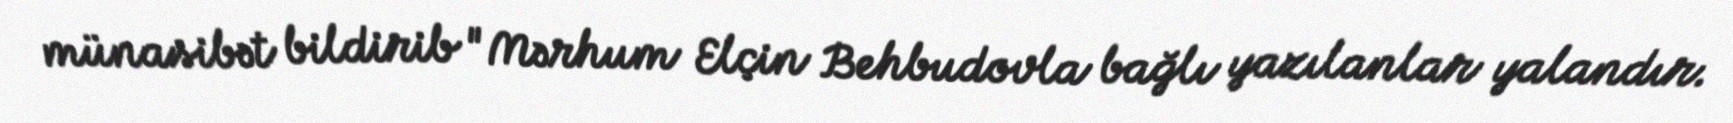
münasibət bildirib "Mərhum Elçin Behbudovla bağlı yazılanlar yalandır.